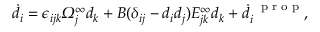
\dot { d } _ { i } = \epsilon _ { i j k } \itOmega _ { j } ^ { \infty } d _ { k } + B ( \delta _ { i j } - d _ { i } d _ { j } ) E _ { j k } ^ { \infty } d _ { k } + \dot { d } _ { i } ^ { \textrm { \, p r o p } } ,